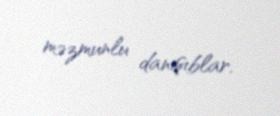
məzmunlu danışıblar.